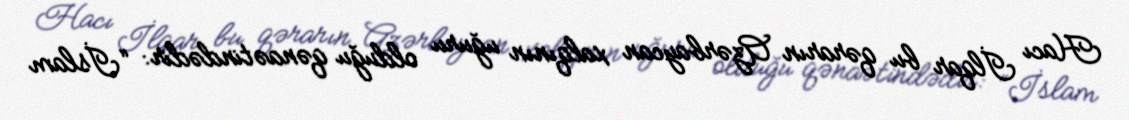
Hacı İlqar bu qərarın Azərbaycan xalqının uğuru olduğu qənaətindədir: “İslam